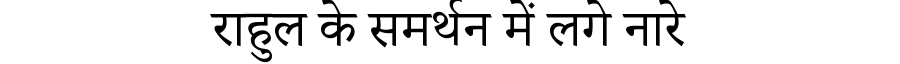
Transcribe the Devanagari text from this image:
राहुल के समर्थन में लगे नारे